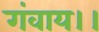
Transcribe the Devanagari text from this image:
गंवाय।।